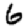
Digit: 6